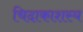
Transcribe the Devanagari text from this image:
चिदाकाशस्य